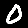
Digit: 0